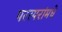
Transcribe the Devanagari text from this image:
परस्‍परांमधे